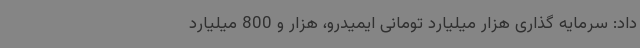
داد: سرمایه گذاری هزار میلیارد تومانی ایمیدرو، هزار و 800 میلیارد